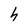
Character: h